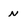
Character: N